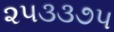
૨૫૩૩૭૫